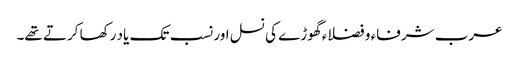
عرب شرفاء و فضلاء گھوڑے کی نسل اور نسب تک یاد رکھا کرتے تھے۔